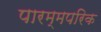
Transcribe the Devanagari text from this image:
पारम्मपरिक